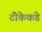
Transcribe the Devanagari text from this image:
टीकेकडे